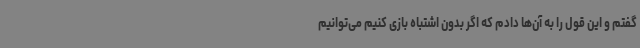
گفتم و این قول را به آن‌ها دادم که اگر بدون اشتباه بازی کنیم می‌توانیم